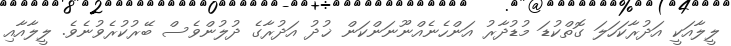
ލީލާއަކީ އަދުރާކަހަލަ ގޮތްކުޑަ މުޑުދާރު އަންހެނެއްނޫނަންކަން ޚުދު އަދުރާގެ ދުލުންވެސް ބޭރުކުރެވުނެވެ. ލީލާއާއި